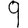
Digit: 9